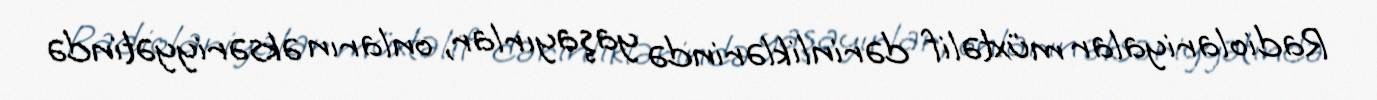
Radiolariyalar müxtəlif dərinliklərində yaşayırlar, onların əksəriyyətində